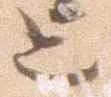
上